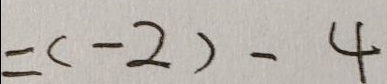
= ( - 2 ) - 4